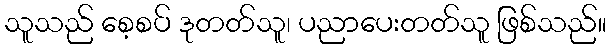
သူသည် စေ့စပ် ဒုတတ်သူ၊ ပညာပေးတတ်သူ ဖြစ်သည်။